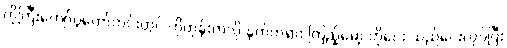
ကိုကြီးကျော်ပွဲတော်ကွင်းတွင် ဟိုတုန်းကလို နတ်ကရား ကြည့်မော့ ဟိုငေး သည်ငေးလုပ်ပြီး